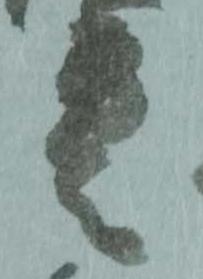
雲